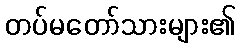
တပ်မတော်သားများ၏